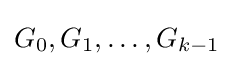
G_{0},G_{1},\ldots ,G_{k-1}